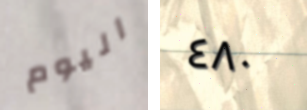
اليوم ٤٨٠